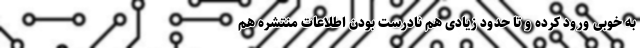
به خوبی ورود کرده و تا حدود زیادی هم نادرست بودن اطلاعات منتشره هم